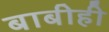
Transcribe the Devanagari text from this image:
बाबीही